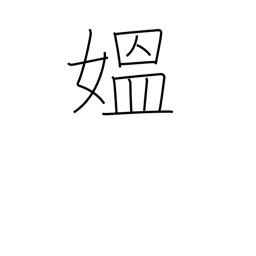
Meaning: grandma